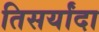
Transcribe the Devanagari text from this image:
तिसर्यांदा